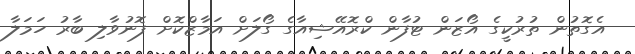
އެގޮތުން ތުރުކީގެ އޯޒަން ޓުފާން ކްރޮއޭޝިއާގެ ގޯލަށް އަމާޒްކޮށް ފޮނުވާލި ބާރު ހަމަލާ